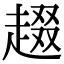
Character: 䞵